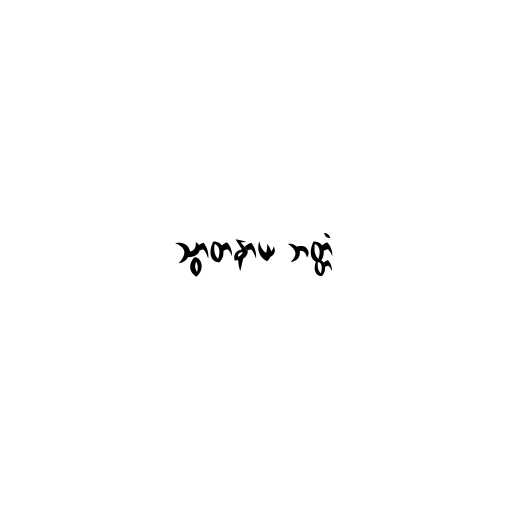
သွာတနာယ ဘတ္တံ